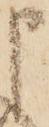
申